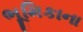
ભૂમિકાના